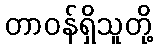
တာဝန်ရှိသူတို့